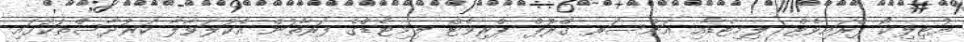
ޔުޓިލިކޯ ޕްރައިވެޓް ލިމިޓެޑާއި އަންސަރ ގްރޫޕް ޕްރިވެޓް ލިމިޓެޑްގެ ފަރާތުން އެކުލަވާލާ ކަރުދާސްތަކުގައި